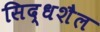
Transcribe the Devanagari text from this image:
सिद्धशैल